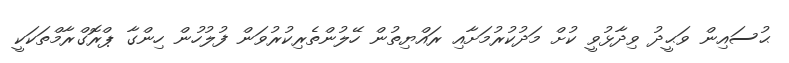
ޙުސައިން ވަޙީދު ވިދާޅުވީ ކުށް މަދުކުރުމަށާއި ރައްޔިތުން ހޭލުންތެރިކުރުވަން ފުލުހުން ހިންގާ ޕްރޮގްރާމްތަކަކީ